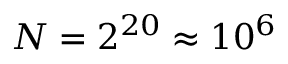
N = 2 ^ { 2 0 } \approx 1 0 ^ { 6 }